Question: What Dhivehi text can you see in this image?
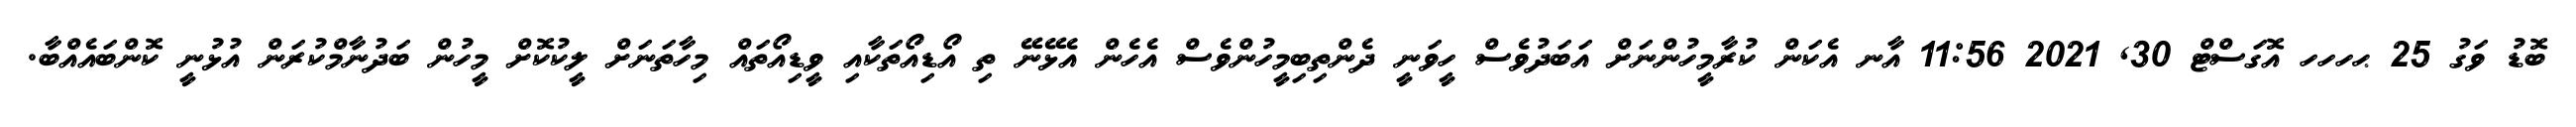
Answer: ބޮޑު ވަގު 25 ޙހހހ އޮގަސްޓް 30, 2021 11:56 އާނ އެކަން ކުރާމީހުންނަށް އަބަދުވެސް ހީވަނީ ދެންތިބިމީހުންވެސް އެހެން އެޅޭނޭ ތި އޯޑިއޯތަކާއި ވީޑިއޯތައް މިހާތަނަށް ލީކުކޮށް މީހުން ބަދުނާމްކުރަން އުޅުނީ ކޮންބައެއްބާ.